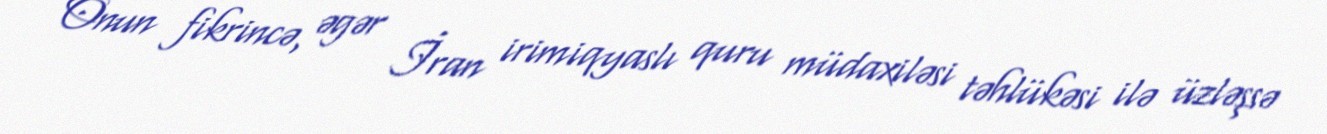
Onun fikrincə, əgər İran irimiqyaslı quru müdaxiləsi təhlükəsi ilə üzləşsə